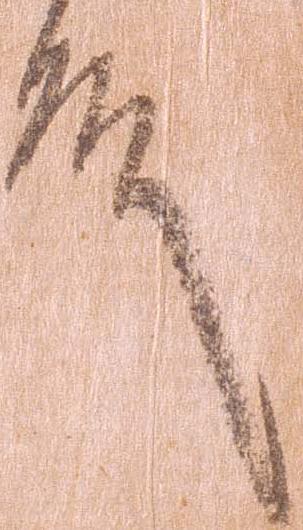
殿